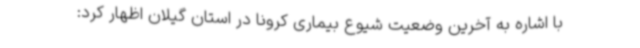
با اشاره به آخرین وضعیت شیوع بیماری کرونا در استان گیلان اظهار کرد: